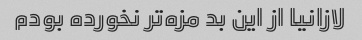
لازانیا از این بد مزه‌تر نخورده بودم